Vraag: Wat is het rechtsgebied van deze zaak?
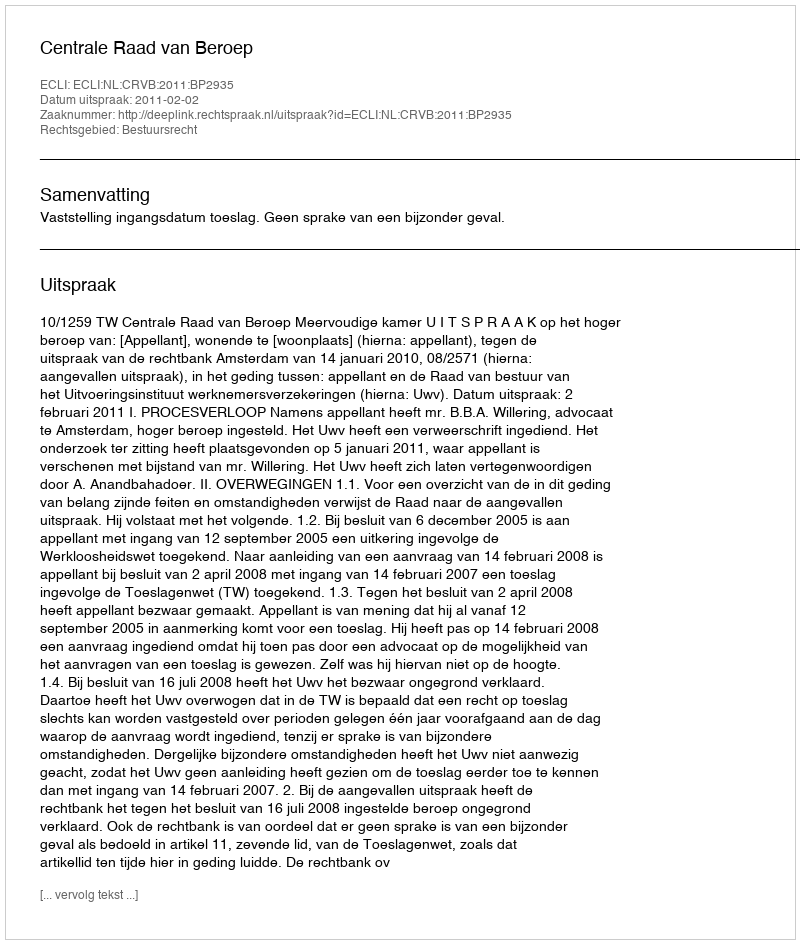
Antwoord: Bestuursrecht